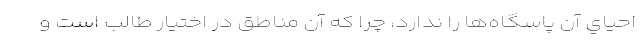
احياي آن پاسگاه‌ها را ندارد، چرا كه آن مناطق در اختيار طالب است و